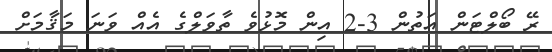
ރޭ ބޯލްޓަން އަތުން 3-2 އިން މޮޅުވެ ތާވަލްގެ އެއް ވަނަ މަޤާމަށް